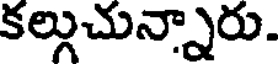
కల్గుచున్నారు.